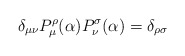
\begin{align*}\delta_{\mu\nu}P_\mu^\rho(\alpha)P_\nu^\sigma(\alpha) =\delta_{\rho\sigma}\end{align*}